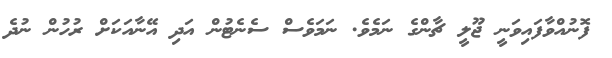
ފޮނުއްވާފައިވަނީ ޖޫލީ ޗާންގެ ނަމެވެ. ނަަމަވެސް ސެނެޓުން އަދި އޭނާއަކަށް ރުހުން ނުދެ